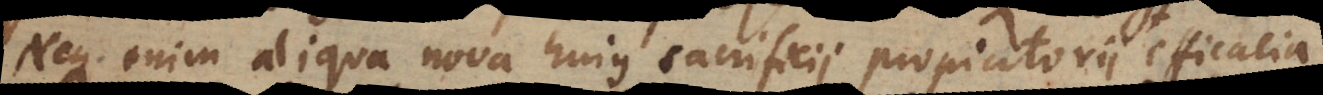
Neque enim aliqua nova hujus sacrificii propi[ti]atorii efficacia